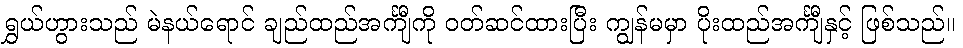
ရွှယ်ဟွားသည် မဲနယ်ရောင် ချည်ထည်အင်္ကျီကို ဝတ်ဆင်ထားပြီး ကျွန်မမှာ ပိုးထည်အင်္ကျီနှင့် ဖြစ်သည်။